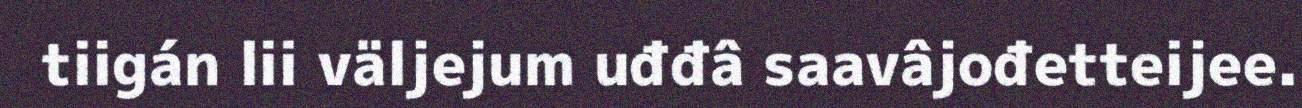
tiigán lii väljejum uđđâ saavâjođetteijee.